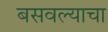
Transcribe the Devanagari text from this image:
बसवल्याचा